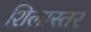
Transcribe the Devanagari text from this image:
शिलास्तर